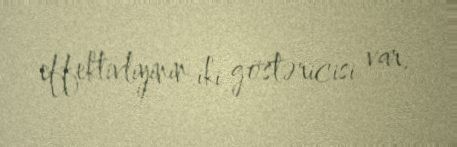
effektivliyinin iki göstəricisi var.